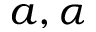
a , \alpha